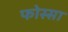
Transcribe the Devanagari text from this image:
फोस्सा